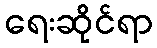
ရေးဆိုင်ရာ